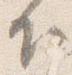
下